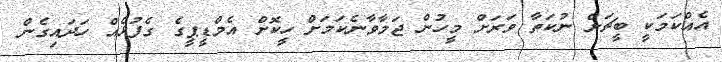
އެއްކަމަކީ ބީޗަށް ނުކަތާ ވަރަށް މީހުން ޖަމާވާނެކަމަށް ހީކޮށް އެމްޑީޕީގެ ގެފުޅެއް ހަދައިގެން